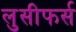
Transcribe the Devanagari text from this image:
लुसीफर्स